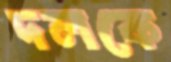
দলকে